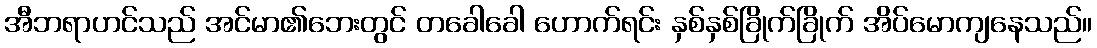
အီဘရာဟင်သည် အင်မာ၏ဘေးတွင် တခေါခေါ ဟောက်ရင်း နှစ်နှစ်ခြိုက်ခြိုက် အိပ်မောကျနေသည်။